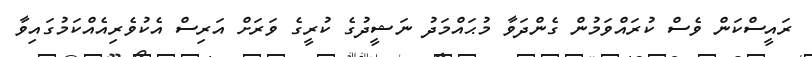
ރައީސްކަން ވެސް ކުރައްވަމުން ގެންދަވާ މުޙައްމަދު ނަޝީދުގެ ކުރީގެ ވަރަށް އަރިސް އެކުވެރިއެއްކަމުގައިވާ